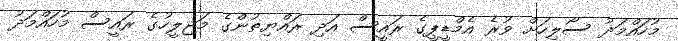
މުހައްމަދު ސޯލިހަށް ވުރެ އެމްޑީޕީގެ ރައީސް އަދި ރައްޔިތުންގެ މަޖިލީހުގެ ރައީސް މުހައްމަދު